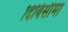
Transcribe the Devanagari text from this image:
दिविसीमा